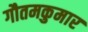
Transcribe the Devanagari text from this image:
गौतमकुमार